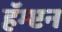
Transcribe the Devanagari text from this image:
हॅम्प्टन